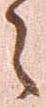
之